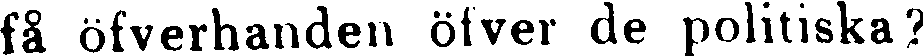
få öfverhanden öfver de politiska?